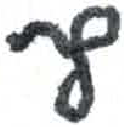
אות: ץ